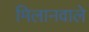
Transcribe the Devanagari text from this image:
मिलानवाले